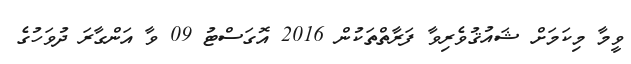
ވީމާ މިކަމަށް ޝައުޤުވެރިވާ ފަރާތްތަކުން 2016 އޮގަސްޓު 09 ވާ އަންގާރަ ދުވަހުގެ